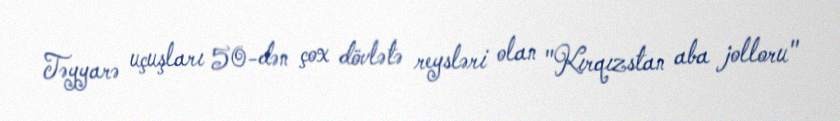
Təyyarə uçuşları 50-dən çox dövlətə reysləri olan "Kırqızstan aba jolloru"